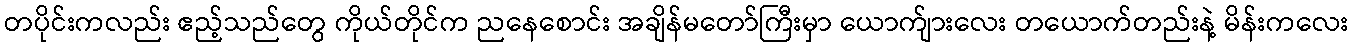
တပိုင်းကလည်း ဧည့်သည်တွေ ကိုယ်တိုင်က ညနေစောင်း အချိန်မတော်ကြီးမှာ ယောက်ျားလေး တယောက်တည်းနဲ့ မိန်းကလေး